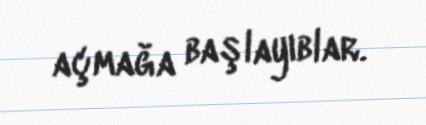
açmağa başlayıblar.